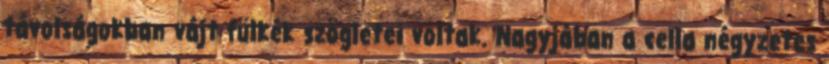
távolságokban vájt fülkék szögletei voltak. Nagyjában a cella négyzetes